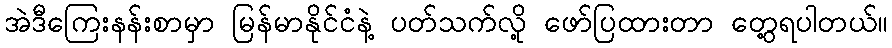
အဲဒီကြေးနန်းစာမှာ မြန်မာနိုင်ငံနဲ့ ပတ်သက်လို့ ဖော်ပြထားတာ တွေ့ရပါတယ်။